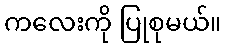
ကလေးကို ပြုစုမယ်။